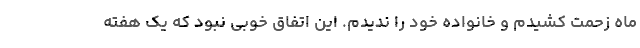
ماه زحمت کشیدم و خانواده خود را ندیدم. این اتفاق خوبی نبود که یک هفته